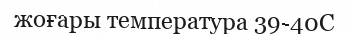
жоғары температура 39-40С